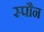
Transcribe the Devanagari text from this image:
स्पौन